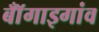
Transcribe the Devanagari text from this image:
बॉँगाइगांव